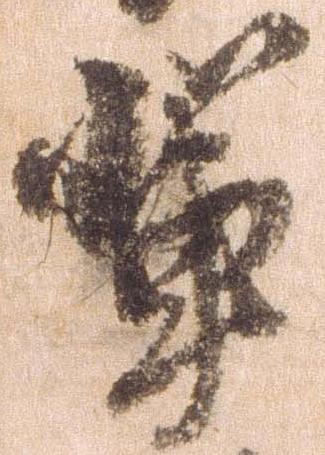
輩